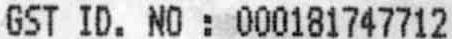
GST ID. NO : 000181747712